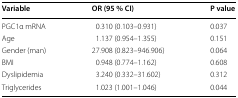
| Variable | OR (95 % CI) | P value |
 | --- | --- | --- |
 | PGC1α mRNA | 0.310 (0.103–0.931) | 0.037 |
 | Age | 1.137 (0.954–1.355) | 0.151 |
 | Gender (man) | 27.908 (0.823–946.906) | 0.064 |
 | BMI | 0.948 (0.774–1.162) | 0.608 |
 | Dyslipidemia | 3.240 (0.332–31.602) | 0.312 |
 | Triglycerides | 1.023 (1.001–1.046) | 0.044 |